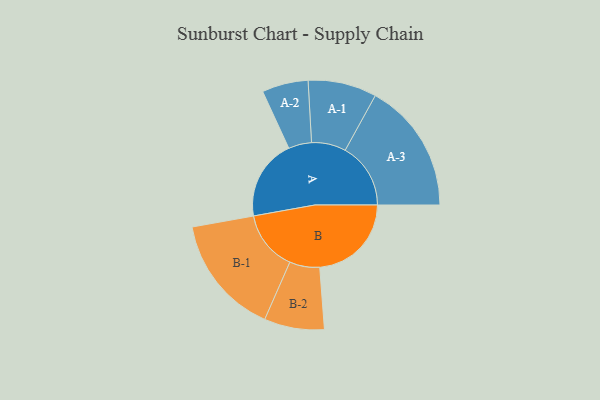
{"axis": {"x": "Segment", "y": "Value"}, "legend": ["", "A", "B"], "data": [{"x": "A", "y": 360, "type": ""}, {"x": "B", "y": 409, "type": ""}, {"x": "A-1", "y": 153, "type": "A"}, {"x": "A-2", "y": 103, "type": "A"}, {"x": "A-3", "y": 292, "type": "A"}, {"x": "B-1", "y": 268, "type": "B"}, {"x": "B-2", "y": 134, "type": "B"}]}